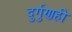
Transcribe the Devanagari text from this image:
दुर्गुणही